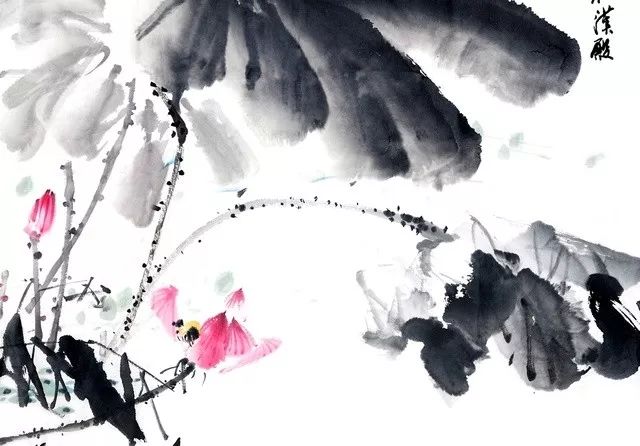
平冈细草鸣黄犊，斜日寒林点暮鸦。